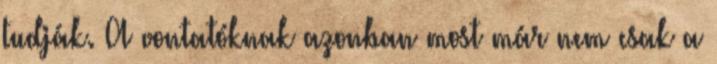
tudják. A vontatóknak azonban most már nem csak a